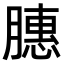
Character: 𫆵